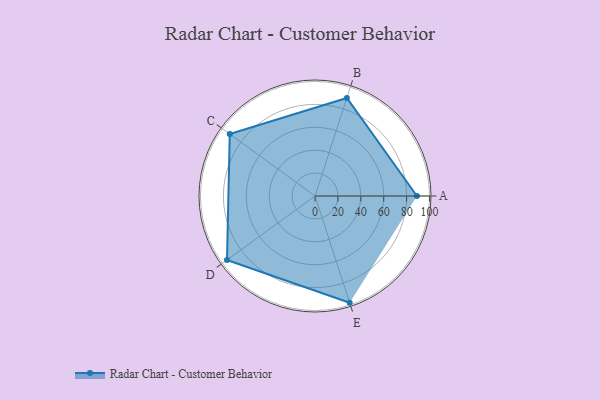
{"axis": {"x": "Skill", "y": "Score"}, "legend": ["Profile"], "data": [{"x": "A", "y": 89.0, "type": "Profile"}, {"x": "B", "y": 90.0, "type": "Profile"}, {"x": "C", "y": 92.0, "type": "Profile"}, {"x": "D", "y": 95.0, "type": "Profile"}, {"x": "E", "y": 98.0, "type": "Profile"}]}